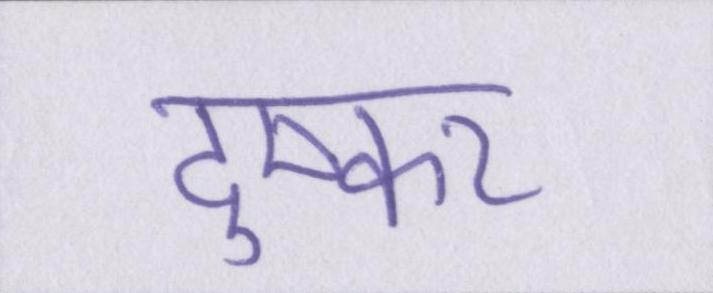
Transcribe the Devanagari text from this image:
दुष्कर